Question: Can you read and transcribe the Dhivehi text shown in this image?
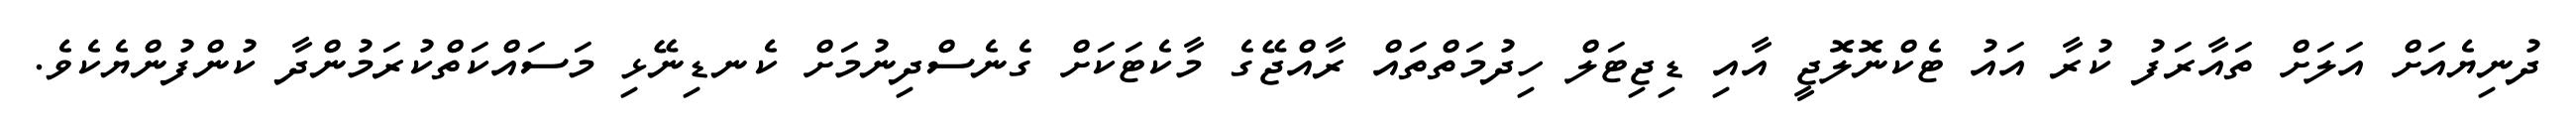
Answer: ދުނިޔެއަށް އަލަށް ތައާރަފު ކުރާ އައު ޓެކްނޮލޮޖީ އާއި ޑިޖިޓަލް ހިދުމަތްތައް ރާއްޖޭގެ މާކެޓަކަށް ގެނެސްދިނުމަށް ކެނޑިނޭޅި މަސައްކަތްކުރަމުންދާ ކުންފުންޔެކެވެ.